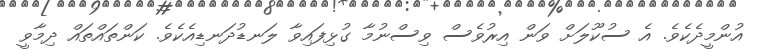
އުންމީދެކެވެ. އެ ސުކޫލަށް ވަން އިރުވެސް ވިސްނުމާ ގުޅިފައިވާ ލަނޑުދަނޑިއެކެވެ. ކަންތައްތައް ދިމާވީ